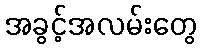
အခွင့်အလမ်းတွေ